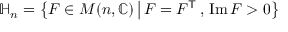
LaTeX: \mathbb { H } _ { n } = \left\{ F \in M ( n , \mathbb { C } ) \, { \big | } \, F = F ^ { \mathsf { T } } \, , \, \operatorname { I m } F > 0 \right\}